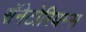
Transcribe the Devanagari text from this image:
सॅनेटोरियम्स